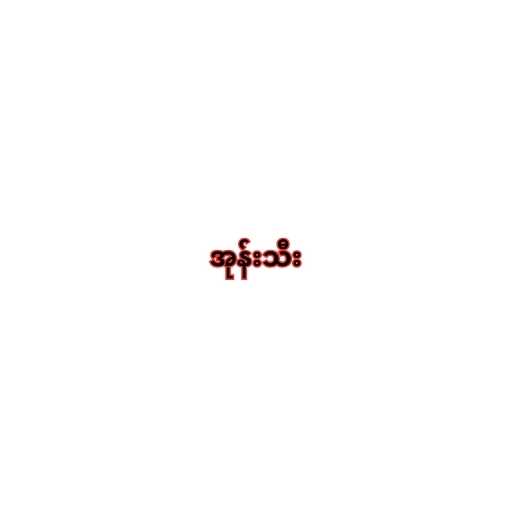
အုန်းသီး